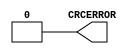
module POST_CRC_INTERNAL (
  CRCERROR
);

  output CRCERROR;

  assign CRCERROR = 0;

endmodule